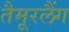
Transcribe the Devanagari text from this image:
तैमूरलैंग